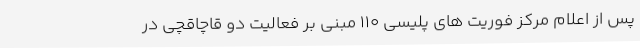
پس از اعلام مرکز فوریت های پلیسی 110 مبنی بر فعالیت دو قاچاقچی در